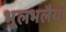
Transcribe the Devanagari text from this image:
भूलभलैया